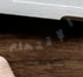
الإقتحام